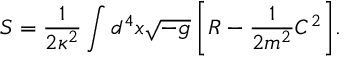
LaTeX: S = \frac { 1 } { 2 \kappa ^ { 2 } } \int { d ^ { 4 } x \sqrt { - g } \left[ R - \frac { 1 } { 2 m ^ { 2 } } C ^ { 2 } \right] } .